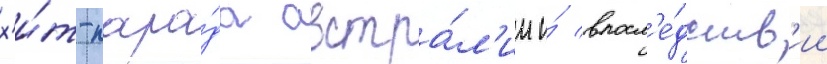
х'и́т-пара́да австра́л'ии и́ впосл'е́дств'ии